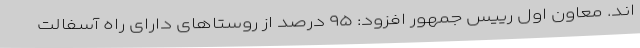
اند. معاون اول رییس جمهور افزود: ۹۵ درصد از روستاهای دارای راه آسفالت